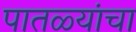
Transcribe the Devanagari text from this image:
पातळ्यांचा